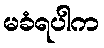
မခံရပါက